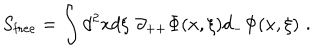
LaTeX: S _ { \mathrm { f r e e } } = \int d ^ { 2 } x d \xi \, \, \partial _ { + + } \Phi ( x , \xi ) d _ { - } \Phi ( x , \xi ) \, \, .